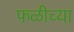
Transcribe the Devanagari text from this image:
फळीच्या